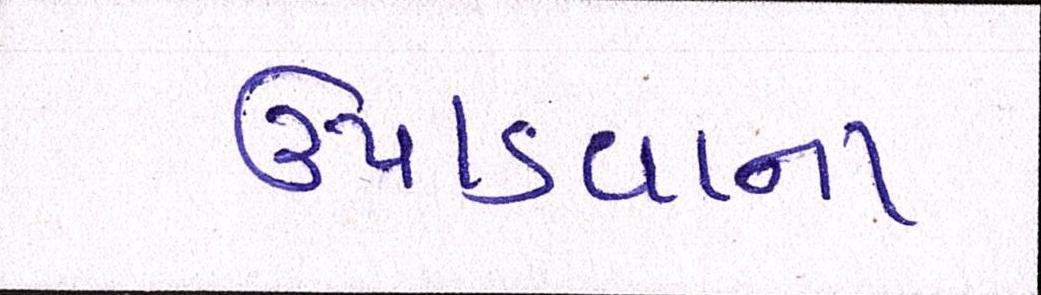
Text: ઉપાડવાના